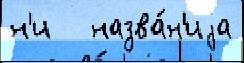
н'и   назва́н'иjа